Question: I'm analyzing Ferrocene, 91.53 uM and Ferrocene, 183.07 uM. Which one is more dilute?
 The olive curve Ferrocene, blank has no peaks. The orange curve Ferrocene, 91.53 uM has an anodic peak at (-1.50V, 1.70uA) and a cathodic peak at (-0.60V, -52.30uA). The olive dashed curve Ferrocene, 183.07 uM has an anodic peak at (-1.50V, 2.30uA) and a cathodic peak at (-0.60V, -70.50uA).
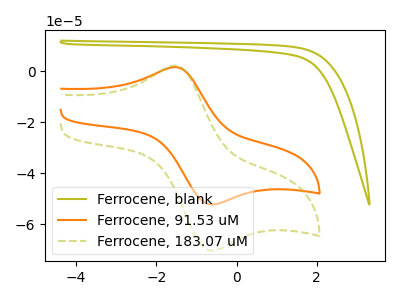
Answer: <think>All the peaks in "Ferrocene, 91.53 uM" have a peak in "Ferrocene, 183.07 uM" at the same potential. Every peak in "Ferrocene, 91.53 uM" is lower than every peak in "Ferrocene, 183.07 uM".
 </think>
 <answer>"Ferrocene, 91.53 uM" has less signal than "Ferrocene, 183.07 uM" and so likely has a lower concentration.</answer>
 <eval>less_concentration</eval>